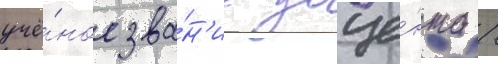
учё́ное зва́н'ие доце́нта /